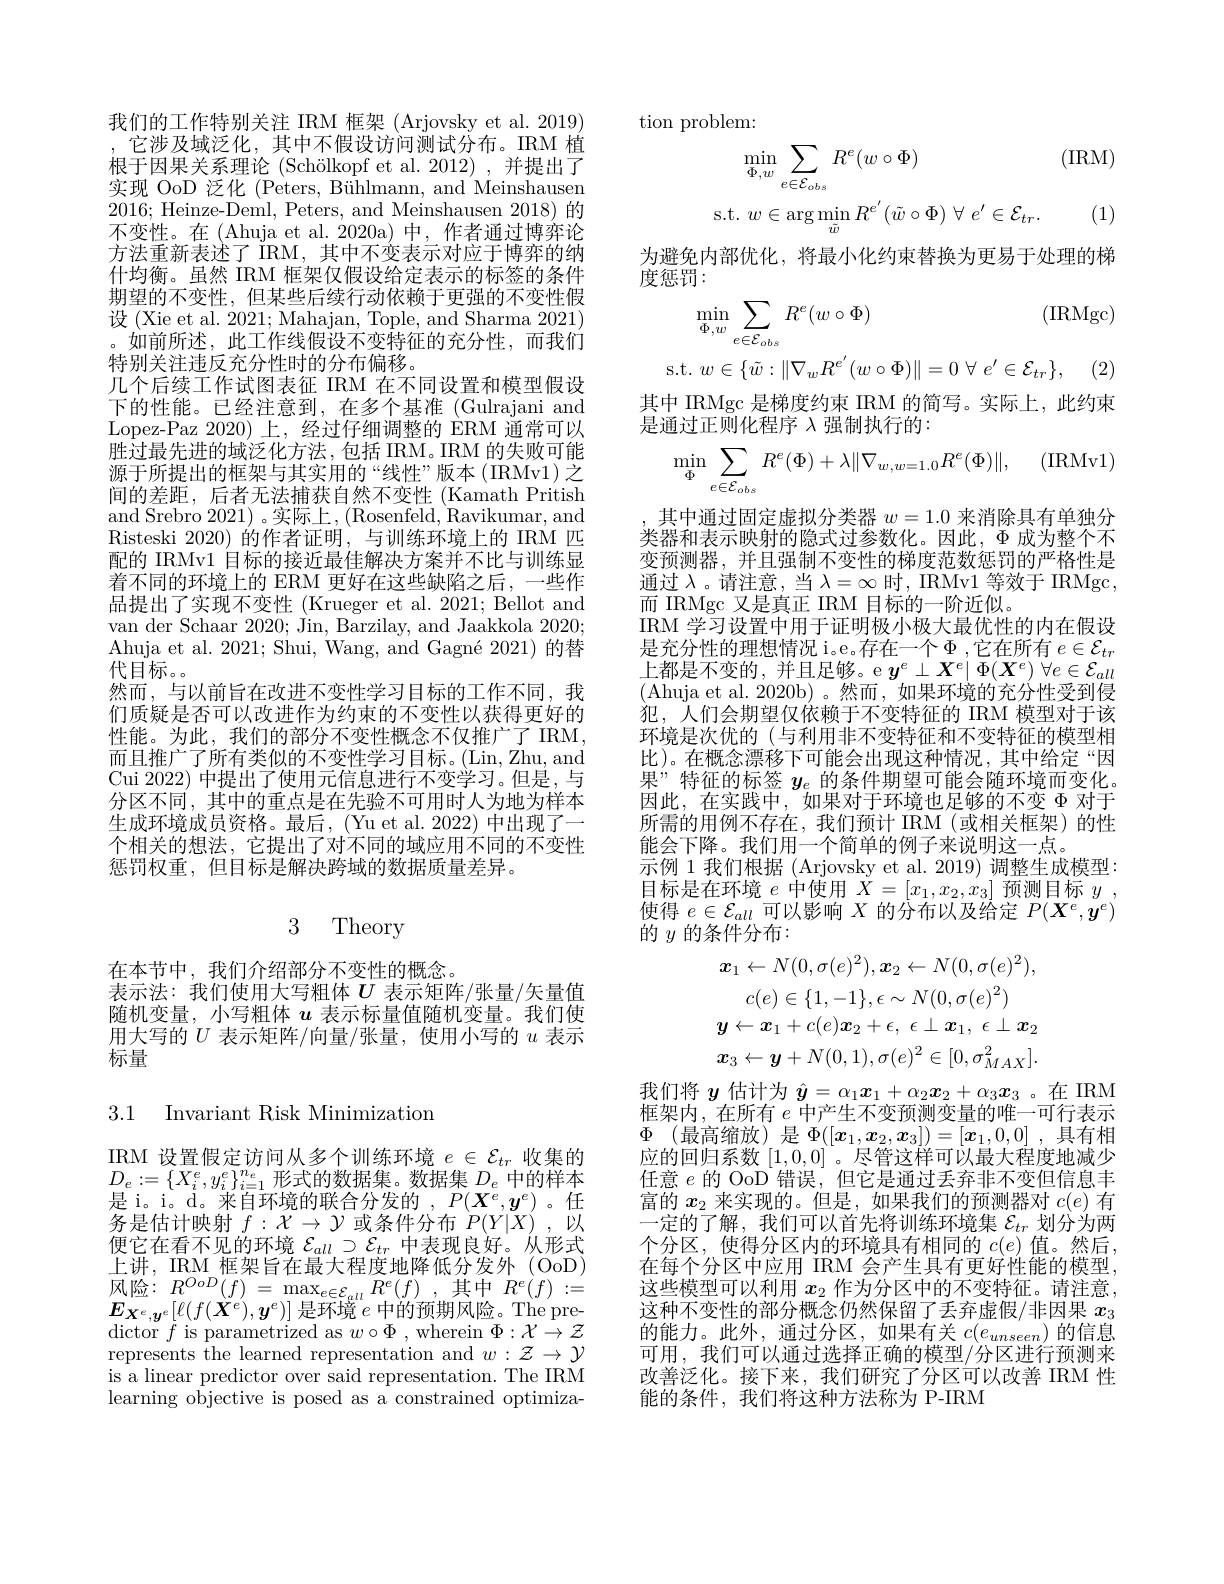
我们的工作特别关注 IRM 框架 (Arjovsky et al. 2019) ,它涉及域泛化，其中不假设访问测试分布。IRM 植根于因果关系理论 (Schölkopf et al.2012),并提出了实现 OoD 泛化 (Peters, Bühlmann, and Meinshausen 2016; Heinze-Deml, Peters, and Meinshausen 2018)的不变性。在 (Ahuja et al. 2020a) 中，作者通过博弈论方法重新表述了 IRM, 其中不变表示对应于博弈的纳什均衡。虽然 IRM 框架仅假设给定表示的标签的条件期望的不变性，但某些后续行动依赖于更强的不变性假设 (Xie et al. 2021; Mahajan, Tople, and Sharma 2021) 。如前所述，此工作线假设不变特征的充分性，而我们特别关注违反充分性时的分布偏移。
几个后续工作试图表征 IRM 在不同设置和模型假设下的性能。已经注意到，在多个基准 (Gulrajani and Lopez-Paz 2020)上，经过仔细调整的 ERM 通常可以胜过最先进的域泛化方法，包括IRM。IRM 的失败可能源于所提出的框架与其实用的“线性”版本(IRMv1)之间的差距，后者无法捕获自然不变性(Kamath Pritish and Srebro 2021) 。实际上，(Rosenfeld, Ravikumar, and Risteski 2020)的作者证明，与训练环境上的 IRM 匹配的 IRMv1 目标的接近最佳解决方案并不比与训练显着不同的环境上的 ERM 更好在这些缺陷之后，一些作品提出了实现不变性 (Krueger et al. 2021; Bellot and van der Schaar 2020; Jin, Barzilay, and Jaakkola 2020; Ahuja et al. 2021; Shui, Wang, and Gagné 2021)的替代目标。。
然而，与以前旨在改进不变性学习目标的工作不同，我们质疑是否可以改进作为约束的不变性以获得更好的性能。为此，我们的部分不变性概念不仅推广了IRM， 而且推广了所有类似的不变性学习目标。(Lin,Zhu, and Cui 2022) 中提出了使用元信息进行不变学习。但是，与分区不同，其中的重点是在先验不可用时人为地为样本生成环境成员资格。最后，(Yu et al. 2022) 中出现了一个相关的想法，它提出了对不同的域应用不同的不变性惩罚权重，但目标是解决跨域的数据质量差异。

# 3 Theory

在本节中，我们介绍部分不变性的概念。
表示法：我们使用大写粗体$U$表示矩阵/张量/矢量值随机变量，小写粗体$u$表示标量值随机变量。我们使用大写的$U$表示矩阵/向量/张量，使用小写的$u$表示标量

3.1 Invariant Risk Minimization

IRM 设置假定访问从多个训练环境$e\in\mathcal{E}_tr$收集的$D_{e}:=\{X_{i}^{e},y_{i}^{e}\}_{i=1}^{n_{e}}$形式的数据集。数据集$D_e$中的样本是 i。i。d。来自环境的联合分发的$,P(X^e,y^e)$ 。任务是估计映射$f:\mathcal{X}\to\mathcal{Y}$或条件分布$P(Y|X)$,以便它在看不见的环境$\mathcal{E}_all\supset\mathcal{E}_{tr}$中表现良好。从形式上讲，IRM 框架旨在最大程度地降低分发外 (OoD) $\begin{array}{ll}{{\perp\nu|,~\mathrm{mun~}\text{他不目位取人性及地阵 Ik}/\text{以力及}/\mathrm{~Oop},}}\\{{\text{风险：}\: R^{OoD}(f)=\max_{e\in\mathcal{E}_{all}}R^{e}(f),\text{其中}~R^{e}(f):=}\\{{E}}\end{array}}\\$ $E_{\boldsymbol{X}^e,\boldsymbol{y}^e}[\ell(f(\ddot{\boldsymbol{X}}^e),\boldsymbol{y}^e)]$是环境$e$中的预期风险。The pre- ${\mathrm{dictor~}f\text{ is parametrized as }w\circ \Phi }, {\mathrm{~wherein~}\Phi : \mathcal{X} }\to \mathcal{Z}$ represents the learned representation and $w:\mathcal{Z}\to\mathcal{Y}$ is a linear predictor over said representation. The IRM learning objective is posed as a constrained optimiza-

tion problem:
$$\begin{aligned}\min_{\Phi,w}&\sum_{e\in\mathcal{E}_{obs}}R^e(w\circ\Phi)&\text{(IRM)}\\\mathrm{s.t.}&\:w\in\arg\min_{\tilde{w}}R^{e^{\prime}}(\tilde{w}\circ\Phi)\:\forall\:e^{\prime}\in\mathcal{E}_{tr}.&\text{(1)}\end{aligned}$$
为避免内部优化，将最小化约束替换为更易于处理的梯
度惩罚：
$$\operatorname*{min}_{\Phi,w}\sum_{e\in\mathcal{E}_{obs}}R^{e}(w\circ\Phi)\text{(IRMgc)}\\\mathrm{t.}\:w\in\{\tilde{w}:\|\nabla_{w}R^{e^{\prime}}(w\circ\Phi)\|=0\:\forall\:e^{\prime}\in\mathcal{E}_{tr}\},\quad(2)$$
其中 IRMgc 是梯度约束 IRM 的简写。实际上，此约束
是通过正则化程序$\lambda$强制执行的：
$$\min_{\Phi}\sum_{e\in\mathcal{E}_{obs}}R^{e}(\Phi)+\lambda\|\nabla_{w,w=1.0}R^{e}(\Phi)\|,\quad\text{(IRMv1)}$$
其中通过固定虚拟分类器$w=1.0$来消除具有单独分类器和表示映射的隐式过参数化。因此，$\Phi$成为整个不变预测器，并且强制不变性的梯度范数惩罚的严格性是通过$\lambda$。请注意，当$\lambda=\infty$时，IRMv1 等效于 IRMgc, 而 IRMgc 又是真正 IRM 目标的一阶近似。
IRM 学习设置中用于证明极小极大最优性的内在假设是充分性的理想情况 i。e。存在一个 $\Phi$,它在所有 $e\in\mathcal{E}_tr$ 上都是不变的，并且足够。e $y^e\perp \boldsymbol{X}^e\mid \Phi ( \boldsymbol{X}^e)$ $\forall e\in \mathcal{E} _{all}$ (Ahuja et al. 2020b)。然而，如果环境的充分性受到侵犯，人们会期望仅依赖于不变特征的 IRM 模型对于该环境是次优的(与利用非不变特征和不变特征的模型相比)。在概念漂移下可能会出现这种情况，其中给定“因果”特征的标签$y_e$的条件期望可能会随环境而变化。因此，在实践中，如果对于环境也足够的不变$\Phi$对于所需的用例不存在，我们预计 IRM(或相关框架)的性能会下降。我们用一个简单的例子来说明这一点。
示例 1 我们根据 (Arjovsky et al. 2019) 调整生成模型： 目标是在环境$e$中使用$X=[x_1,x_2,x_3]$预测目标$y$ , 使得$e\in\mathcal{E}_all$可以影响$X$的分布以及给定$P(\boldsymbol X^e,\boldsymbol y^e)$ 的$y$的条件分布：
$$\boldsymbol{x}_{1}\leftarrow N(0,\sigma(e)^{2}),\boldsymbol{x}_{2}\leftarrow N(0,\sigma(e)^{2}),\\c(e)\in\{1,-1\},\epsilon\sim N(0,\sigma(e)^{2})\\\boldsymbol{y}\leftarrow\boldsymbol{x}_{1}+c(e)\boldsymbol{x}_{2}+\epsilon,\:\epsilon\perp\boldsymbol{x}_{1},\:\epsilon\perp\boldsymbol{x}_{2}\\\boldsymbol{x}_{3}\leftarrow\boldsymbol{y}+N(0,1),\sigma(e)^{2}\in[0,\sigma_{MAX}^{2}].$$
我们将$y$估计为$\hat{\boldsymbol{y}}=\alpha_1\boldsymbol{x}_1+\alpha_2\boldsymbol{x}_2+\alpha_3\boldsymbol{x}_3$ 。在 IRM 框架内，在所有$e$中产生不变预测变量的唯一可行表示$\Phi$ (最高缩放)是$\Phi([x_1,x_2,x_3])=[\boldsymbol{x}_1,0,0]$,具有相应的回归系数[1,0,0]。尽管这样可以最大程度地减少任意$e$的 OoD 错误，但它是通过丢弃非不变但信息丰富的$x_2$来实现的。但是，如果我们的预测器对$c(e)$有一定的了解，我们可以首先将训练环境集$\mathcal{E}_tr$划分为两个分区，使得分区内的环境具有相同的$c(e)$值。然后， 在每个分区中应用 IRM 会产生具有更好性能的模型， 这些模型可以利用$x_2$作为分区中的不变特征。请注意， 这种不变性的部分概念仍然保留了丢弃虚假/非因果$x_{3}$ 的能力。此外，通过分区，如果有关$c(e_unseen)$的信息可用，我们可以通过选择正确的模型/分区进行预测来改善泛化。接下来，我们研究了分区可以改善 IRM 性能的条件，我们将这种方法称为 P-IRM